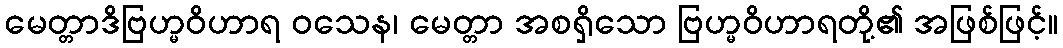
မေတ္တာဒိဗြဟ္မဝိဟာရ ဝသေန၊ မေတ္တာ အစရှိသော ဗြဟ္မဝိဟာရတို့၏ အဖြစ်ဖြင့်။